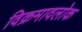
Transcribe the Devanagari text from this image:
विक्रमावलोक